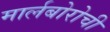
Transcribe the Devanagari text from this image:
मार्लबोरोची